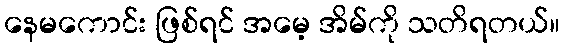
နေမကောင်း ဖြစ်ရင် အမေ့ အိမ်ကို သတိရတယ်။